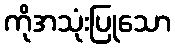
ကိုအသုံးပြုသော